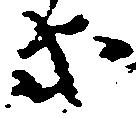
等